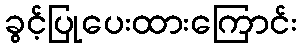
ခွင့်ပြုပေးထားကြောင်း